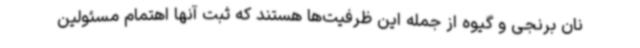
نان برنجی و گیوه از جمله این ظرفیت‌ها هستند که ثبت آنها اهتمام مسئولین